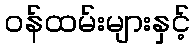
ဝန်ထမ်းများနှင့်